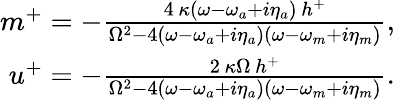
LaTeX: \begin{array}{r}{m^{+}=-\frac{4\, \kappa(\omega-\omega_{a}+i\eta_{a})\, h^{+}}{\Omega^{2}-4(\omega-\omega_{a}+i\eta_{a})(\omega-\omega_{m}+i\eta_{m})},}\\ {u^{+}=-\frac{2\, \kappa\Omega\, h^{+}}{\Omega^{2}-4(\omega-\omega_{a}+i\eta_{a})(\omega-\omega_{m}+i\eta_{m})}.}\end{array}